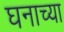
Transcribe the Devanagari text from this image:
घनाच्या